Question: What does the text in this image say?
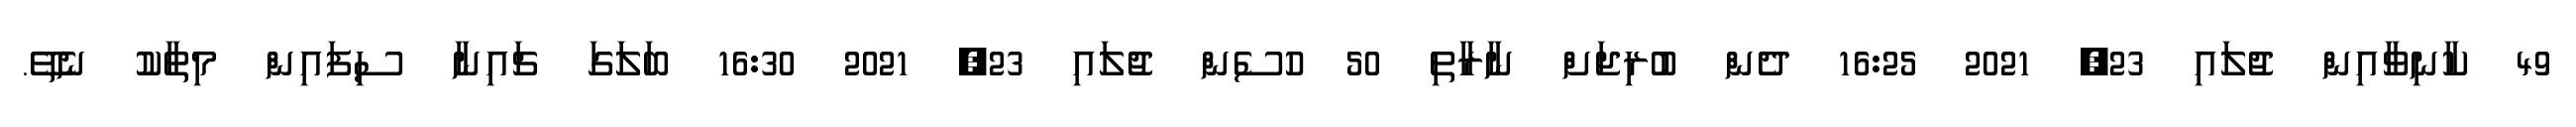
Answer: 49 ކާނިވާއިން ޖުލައި 23, 2021 16:25 ދެން ބުރިޖަށް ނާރާތި 50 ހުސެން ޖުލައި 23, 2021 16:30 ބަލަގަ ޗައިނާ ސިފައިން މިތާކު ނެތޭ.